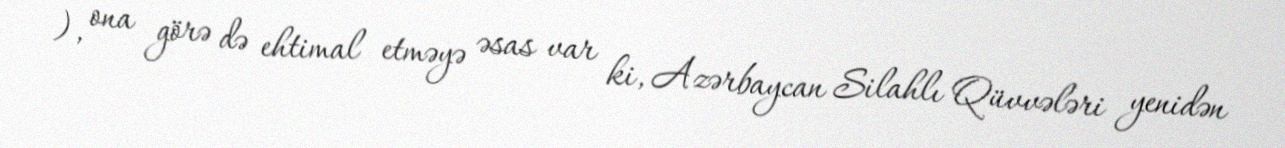
), ona görə də ehtimal etməyə əsas var ki, Azərbaycan Silahlı Qüvvələri yenidən